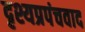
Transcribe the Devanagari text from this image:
दृश्यप्रपंचवाद